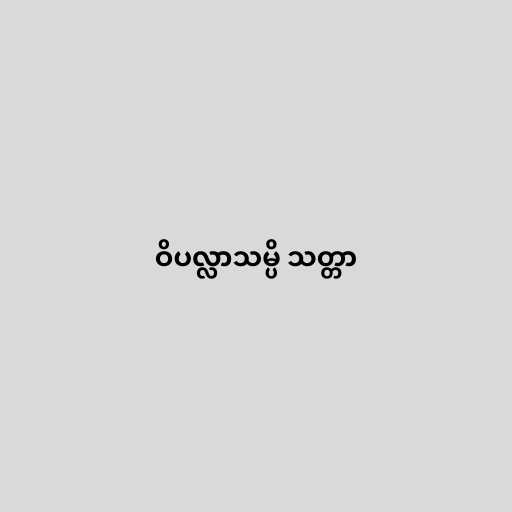
ဝိပလ္လာသမ္ပိ သတ္တာ